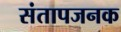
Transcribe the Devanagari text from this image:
संतापजनक